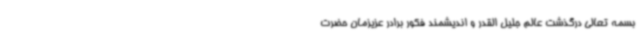
بسمه تعالی درگذشت عالم جلیل القدر و اندیشمند فکور برادر عزیزمان حضرت